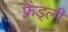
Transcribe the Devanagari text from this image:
फ्रेंड्ली